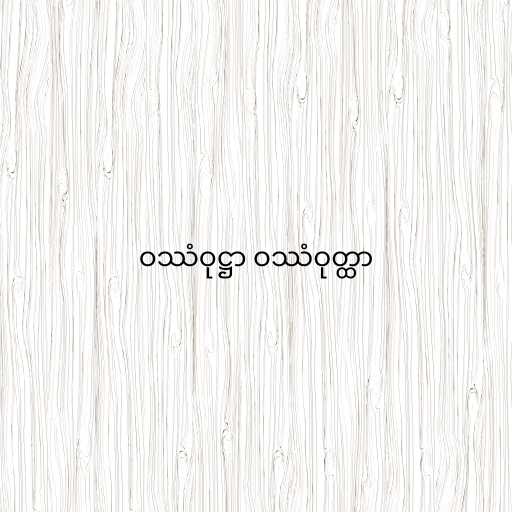
ဝဿံဝုဋ္ဌာ ဝဿံဝုတ္ထာ